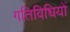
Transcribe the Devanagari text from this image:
गतिविधियों